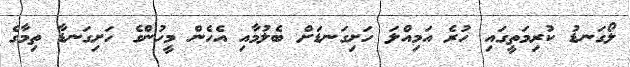
ލޯގަނޑު ކުރިމަތީގައި ހުރެ އަމިއްލަ ހަށިގަނޑަށް ބެލުމާއި އެހެން މީހުންގެ ހަށިގަނޑާ ތިމާގެ